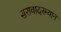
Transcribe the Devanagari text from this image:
सरावादरम्यान